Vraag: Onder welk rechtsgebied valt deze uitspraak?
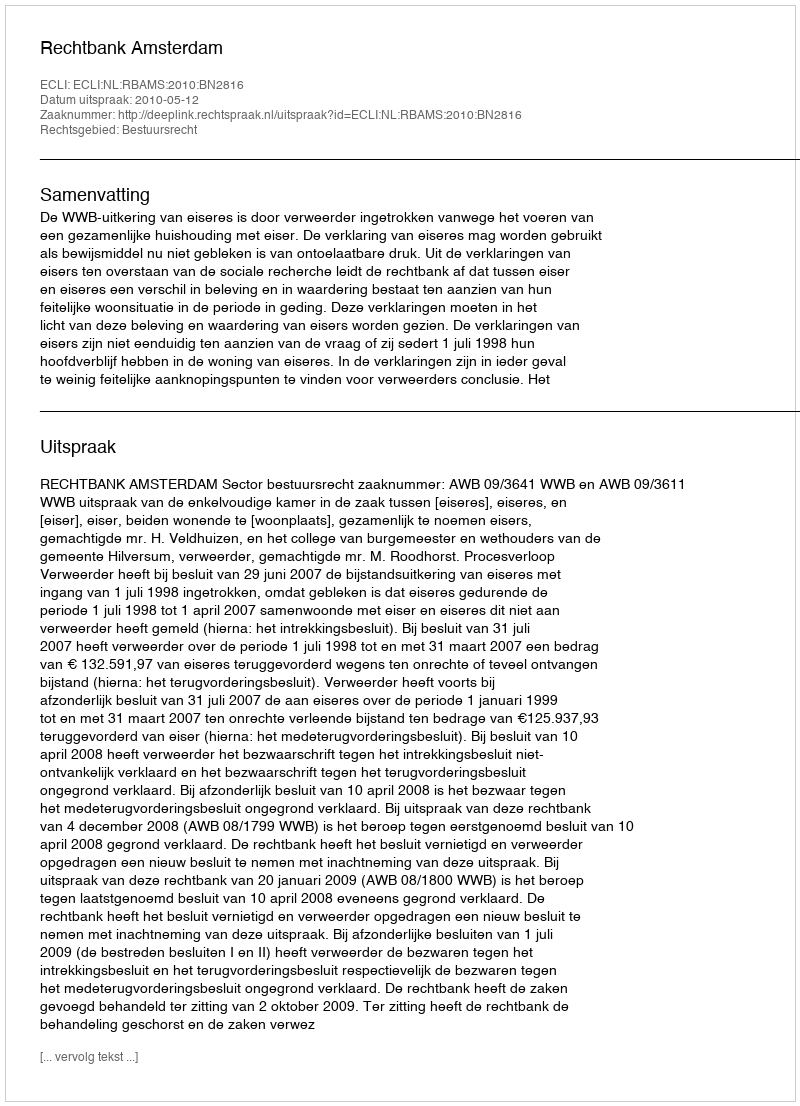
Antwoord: Bestuursrecht